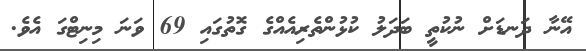
އޭނާ ދަނޑަށް ނުކުތީ ބަދަލު ކުޅުންތެރިއެއްގެ ގޮތުގައި 69 ވަނަ މިނިޓްގަ އެވެ.